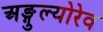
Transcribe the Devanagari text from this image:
अङ्गुल्योरेव